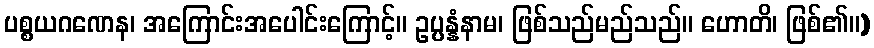
ပစ္စယဂဏေန၊ အကြောင်းအပေါင်းကြောင့်။ ဥပ္ပန္နံနာမ၊ ဖြစ်သည်မည်သည်။ ဟောတိ၊ ဖြစ်၏။)